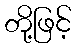
တို့ဖြင့်